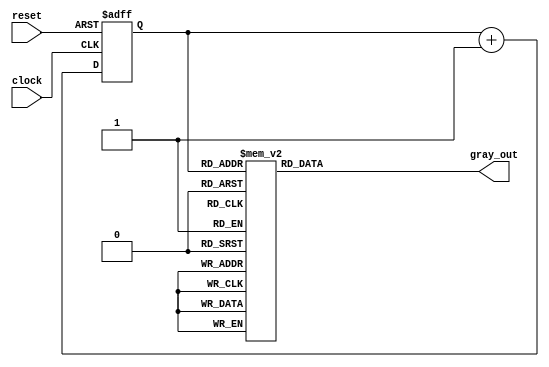

module gray_counter(
	input clock,
	input reset,
	output reg [2:0] gray_out
);

	reg [2:0] bin_counter;

	always @(posedge clock or negedge reset) begin
		if(~reset)
			bin_counter <= 0;
		else
			bin_counter <= bin_counter + 1;
	end

	always @(bin_counter) begin
		case(bin_counter)
			3'b000 : gray_out = 3'b000;
			3'b001 : gray_out = 3'b001;
			3'b010 : gray_out = 3'b011;
			3'b011 : gray_out = 3'b010;
			3'b100 : gray_out = 3'b110;
			3'b101 : gray_out = 3'b111;
			3'b110 : gray_out = 3'b101;
			3'b111 : gray_out = 3'b100;
		endcase
	end

endmodule